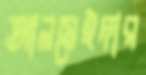
আলমেইদার